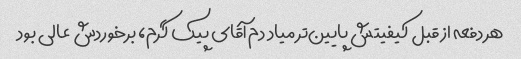
هر دفعه از قبل کیفیتش پایین‌تر میاد دم آقای پیک گرم، برخوردش عالی بود